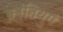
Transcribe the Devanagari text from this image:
क्रांतियुग